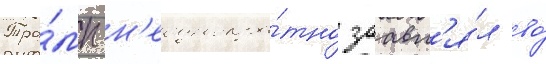
Тра́мп н'еоднокра́тно заавл'я́л во́